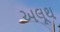
અલૂથ